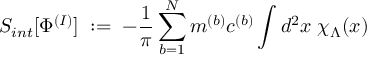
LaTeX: S _ { i n t } [ \Phi ^ { ( I ) } ] \; : = \; - \frac { 1 } { \pi } \sum _ { b = 1 } ^ { N } m ^ { ( b ) } c ^ { ( b ) } \int d ^ { 2 } x \; \chi _ { \Lambda } ( x )